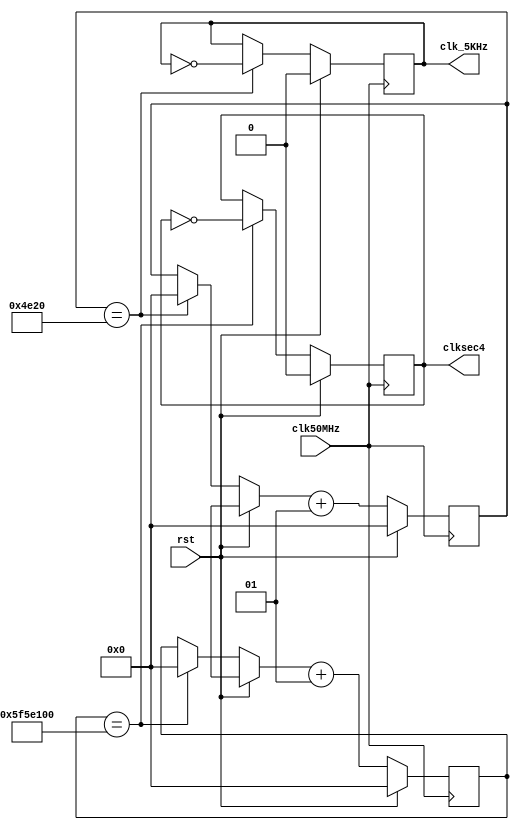
module CLK_Generator(clk50MHz, rst, clksec4, clk_5KHz

    );
    input clk50MHz, rst;
output clksec4, clk_5KHz;
reg clksec4, clk_5KHz;
integer count, count1;
always@(posedge clk50MHz)
begin
  if(rst)
   begin
    count = 0;
    count1 = 0;
    clksec4 = 0;
    clk_5KHz =0;
end
else
begin
    if(count == 100000000)
     begin
      clksec4 = ~clksec4;
      count = 0;
     end
    if(count1 == 20000)
     begin
      clk_5KHz = ~clk_5KHz;
      count1 = 0;
    end
  count = count + 1;
  count1 = count1 + 1;
 end
end
    
    
endmodule